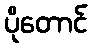
ပိုတောင်